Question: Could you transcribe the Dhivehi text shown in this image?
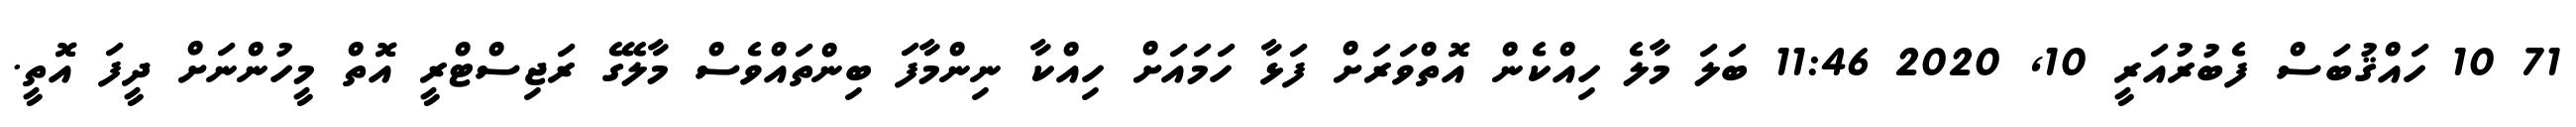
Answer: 71 10 ހައްޤުބަސް ފެބުރުއަރީ 10, 2020 11:46 ބަލަ މާލެ ހިއްކެން އޮތްވަރަށް ފަޅާ ހަމައަށް ހިއްކާ ނިންމާފަ ބިންތައްވެސް މާލޭގެ ރަޖިސްޓްރީ އޮތް މީހުންނަށް ދީފަ އޮތީ.